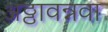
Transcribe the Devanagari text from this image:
अठ्ठावन्नवा